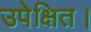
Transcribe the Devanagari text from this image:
उपेक्षित।